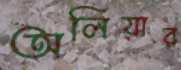
অলিয়ার